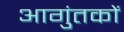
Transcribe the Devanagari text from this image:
आगुंतकों